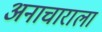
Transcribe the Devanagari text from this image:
अनाचाराला